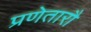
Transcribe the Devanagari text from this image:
प्रणेतारौ